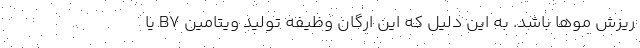
ریزش مو‌ها باشد. به این دلیل که این ارگان وظیفه تولید ویتامین B۷ یا